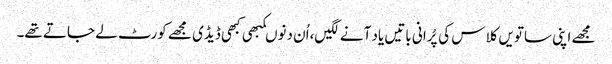
مجھے اپنی ساتویں کلاس کی پُرانی باتیں یاد آنے لگیں،اُن دنوںکبھی کبھی ڈیڈی مجھے کورٹ لے جاتے تھے۔